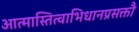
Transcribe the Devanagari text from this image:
आत्मास्तित्वाभिधानप्रसक्तौ